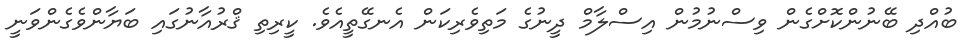
ބުއްދި ބޭނުންކޮށްގެން ވިސްނުމުން އިސްލާމް ދީނުގެ މަތިވެރިކަން އެނގޭތީއެވެ. ކީރިތި ޤްރުއާނުގައި ބަޔާންވެގެންވަނީ